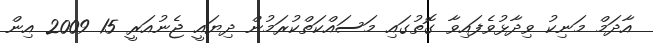
އާދަމް މަނިކު ވިދާޅުވެފައިވާ ގޮތުގައި މަސައްކަތްކުރަމުން ދިޔައީ ޖެނުއަރީ 15 2009 އިން